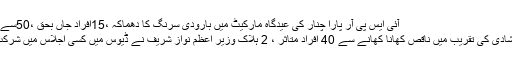
آئی ایس پی آر پارا چنار کی عیدگاہ مارکیٹ میں بارودی سرنگ کا دھماکہ ،15افراد جاں بحق ،50سے زائد زخمی
کلرسیداں : شادی کی تقریب میں ناقص کھانا کھانے سے 40 افراد متاثر ، 2 ہلاک وزیر اعظم نواز شریف نے ڈیوس میں کسی اجلاس میں شرکت نہیں کی ۔